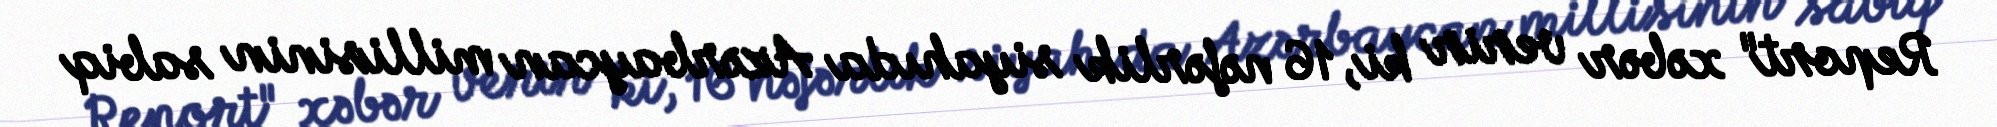
Report" xəbər verir ki, 16 nəfərlik siyahıda Azərbaycan millisinin sabiq